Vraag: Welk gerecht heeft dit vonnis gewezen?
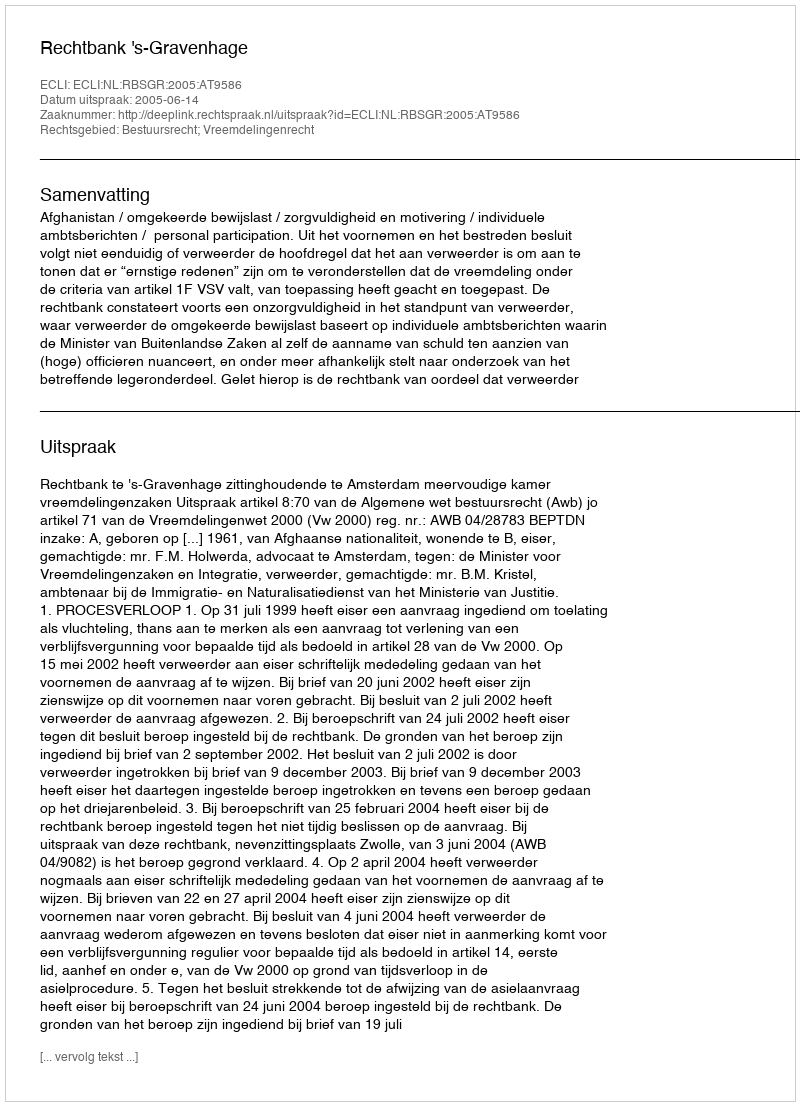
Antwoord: Rechtbank 's-Gravenhage